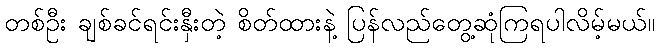
တစ်ဦး ချစ်ခင်ရင်းနှီးတဲ့ စိတ်ထားနဲ့ ပြန်လည်တွေ့ဆုံကြရပါလိမ့်မယ်။